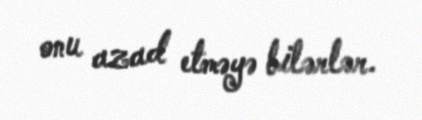
onu azad etməyə bilərlər.